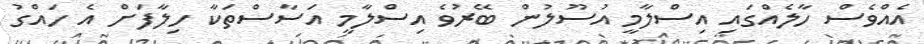
އެއްވެސް ހާލެއްގައި އިސްލާމީ އުސޫލުން ބޭރުވެ އިސްލާމީ އަސާސްތަކާ ހިލާފަށް އެ ހައްގު